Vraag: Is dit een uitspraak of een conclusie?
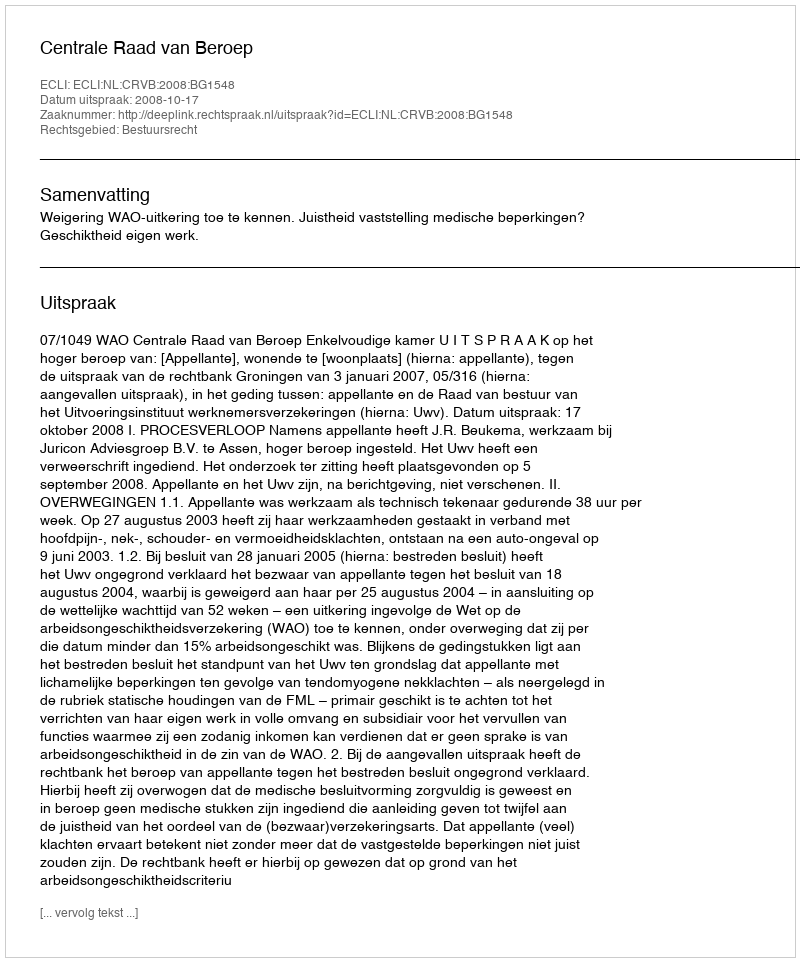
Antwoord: Uitspraak